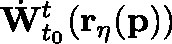
\dot { \mathbf { W } } _ { t _ { 0 } } ^ { t } ( \mathbf { r _ { \eta } } ( \mathbf { p } ) )